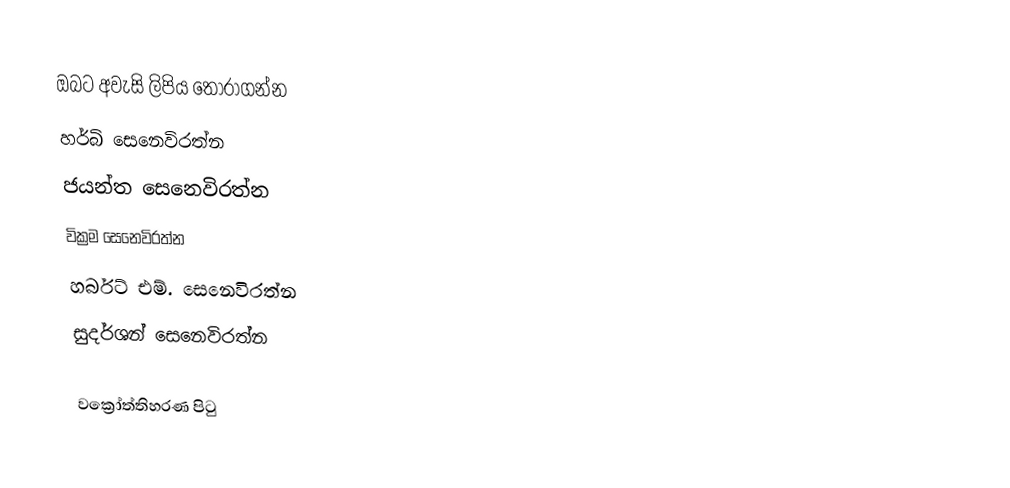
ඔබට අවැසි ලිපිය තෝරාගන්න
 හර්බි සෙනෙවිරත්න
 ජයන්ත සෙනෙවිරත්න
 වික්‍රම සෙනෙවිරත්න
 හර්බට් එම්. සෙනෙවිරත්න
 සුදර්ශන් සෙනෙවිරත්න

වක්‍රෝත්තිහරණ පිටු